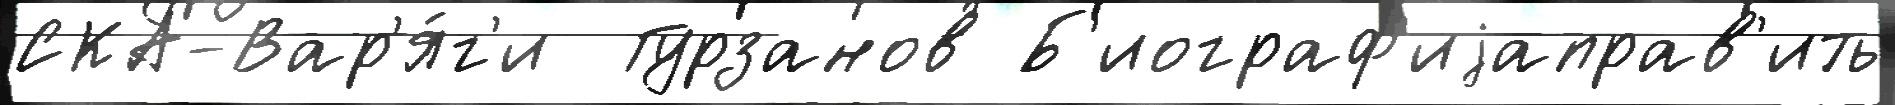
СКА-Вар'я́г'и  Гурзанов Б'иограф'иjаправ'ить